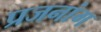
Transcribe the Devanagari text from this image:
प्रजनांग